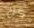
كل